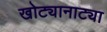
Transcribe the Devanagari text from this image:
खोट्यानाट्या